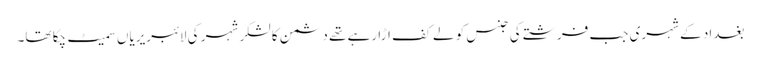
بغداد کے شہری جب فرشتے کی جنس کو لے کف اڑا رہے تھے دشمن کا لشکر شہر کی لائبریریاں سمیٹ چکا تھا۔